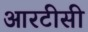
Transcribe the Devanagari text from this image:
आरटीसी